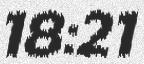
18:21